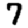
Digit: 7